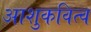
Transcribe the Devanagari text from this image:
आशुकवित्व